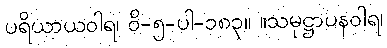
ပရိယာယဝါရ၊ ဝိ-၅-ပါ-၁၈၃။ ။သမုဋ္ဌာပနဝါရ၊